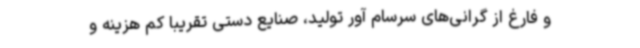
و فارغ از گرانی‌های سرسام آور تولید، صنایع دستی تقریباً کم هزینه و